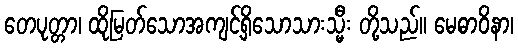
တေပုတ္တာ၊ ထိုမြတ်သောအကျင့်ရှိသောသားသ္မီး တို့သည်။ မေဓာဝိနာ၊